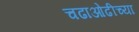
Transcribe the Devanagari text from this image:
चढाओढीच्या